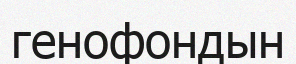
генофондын